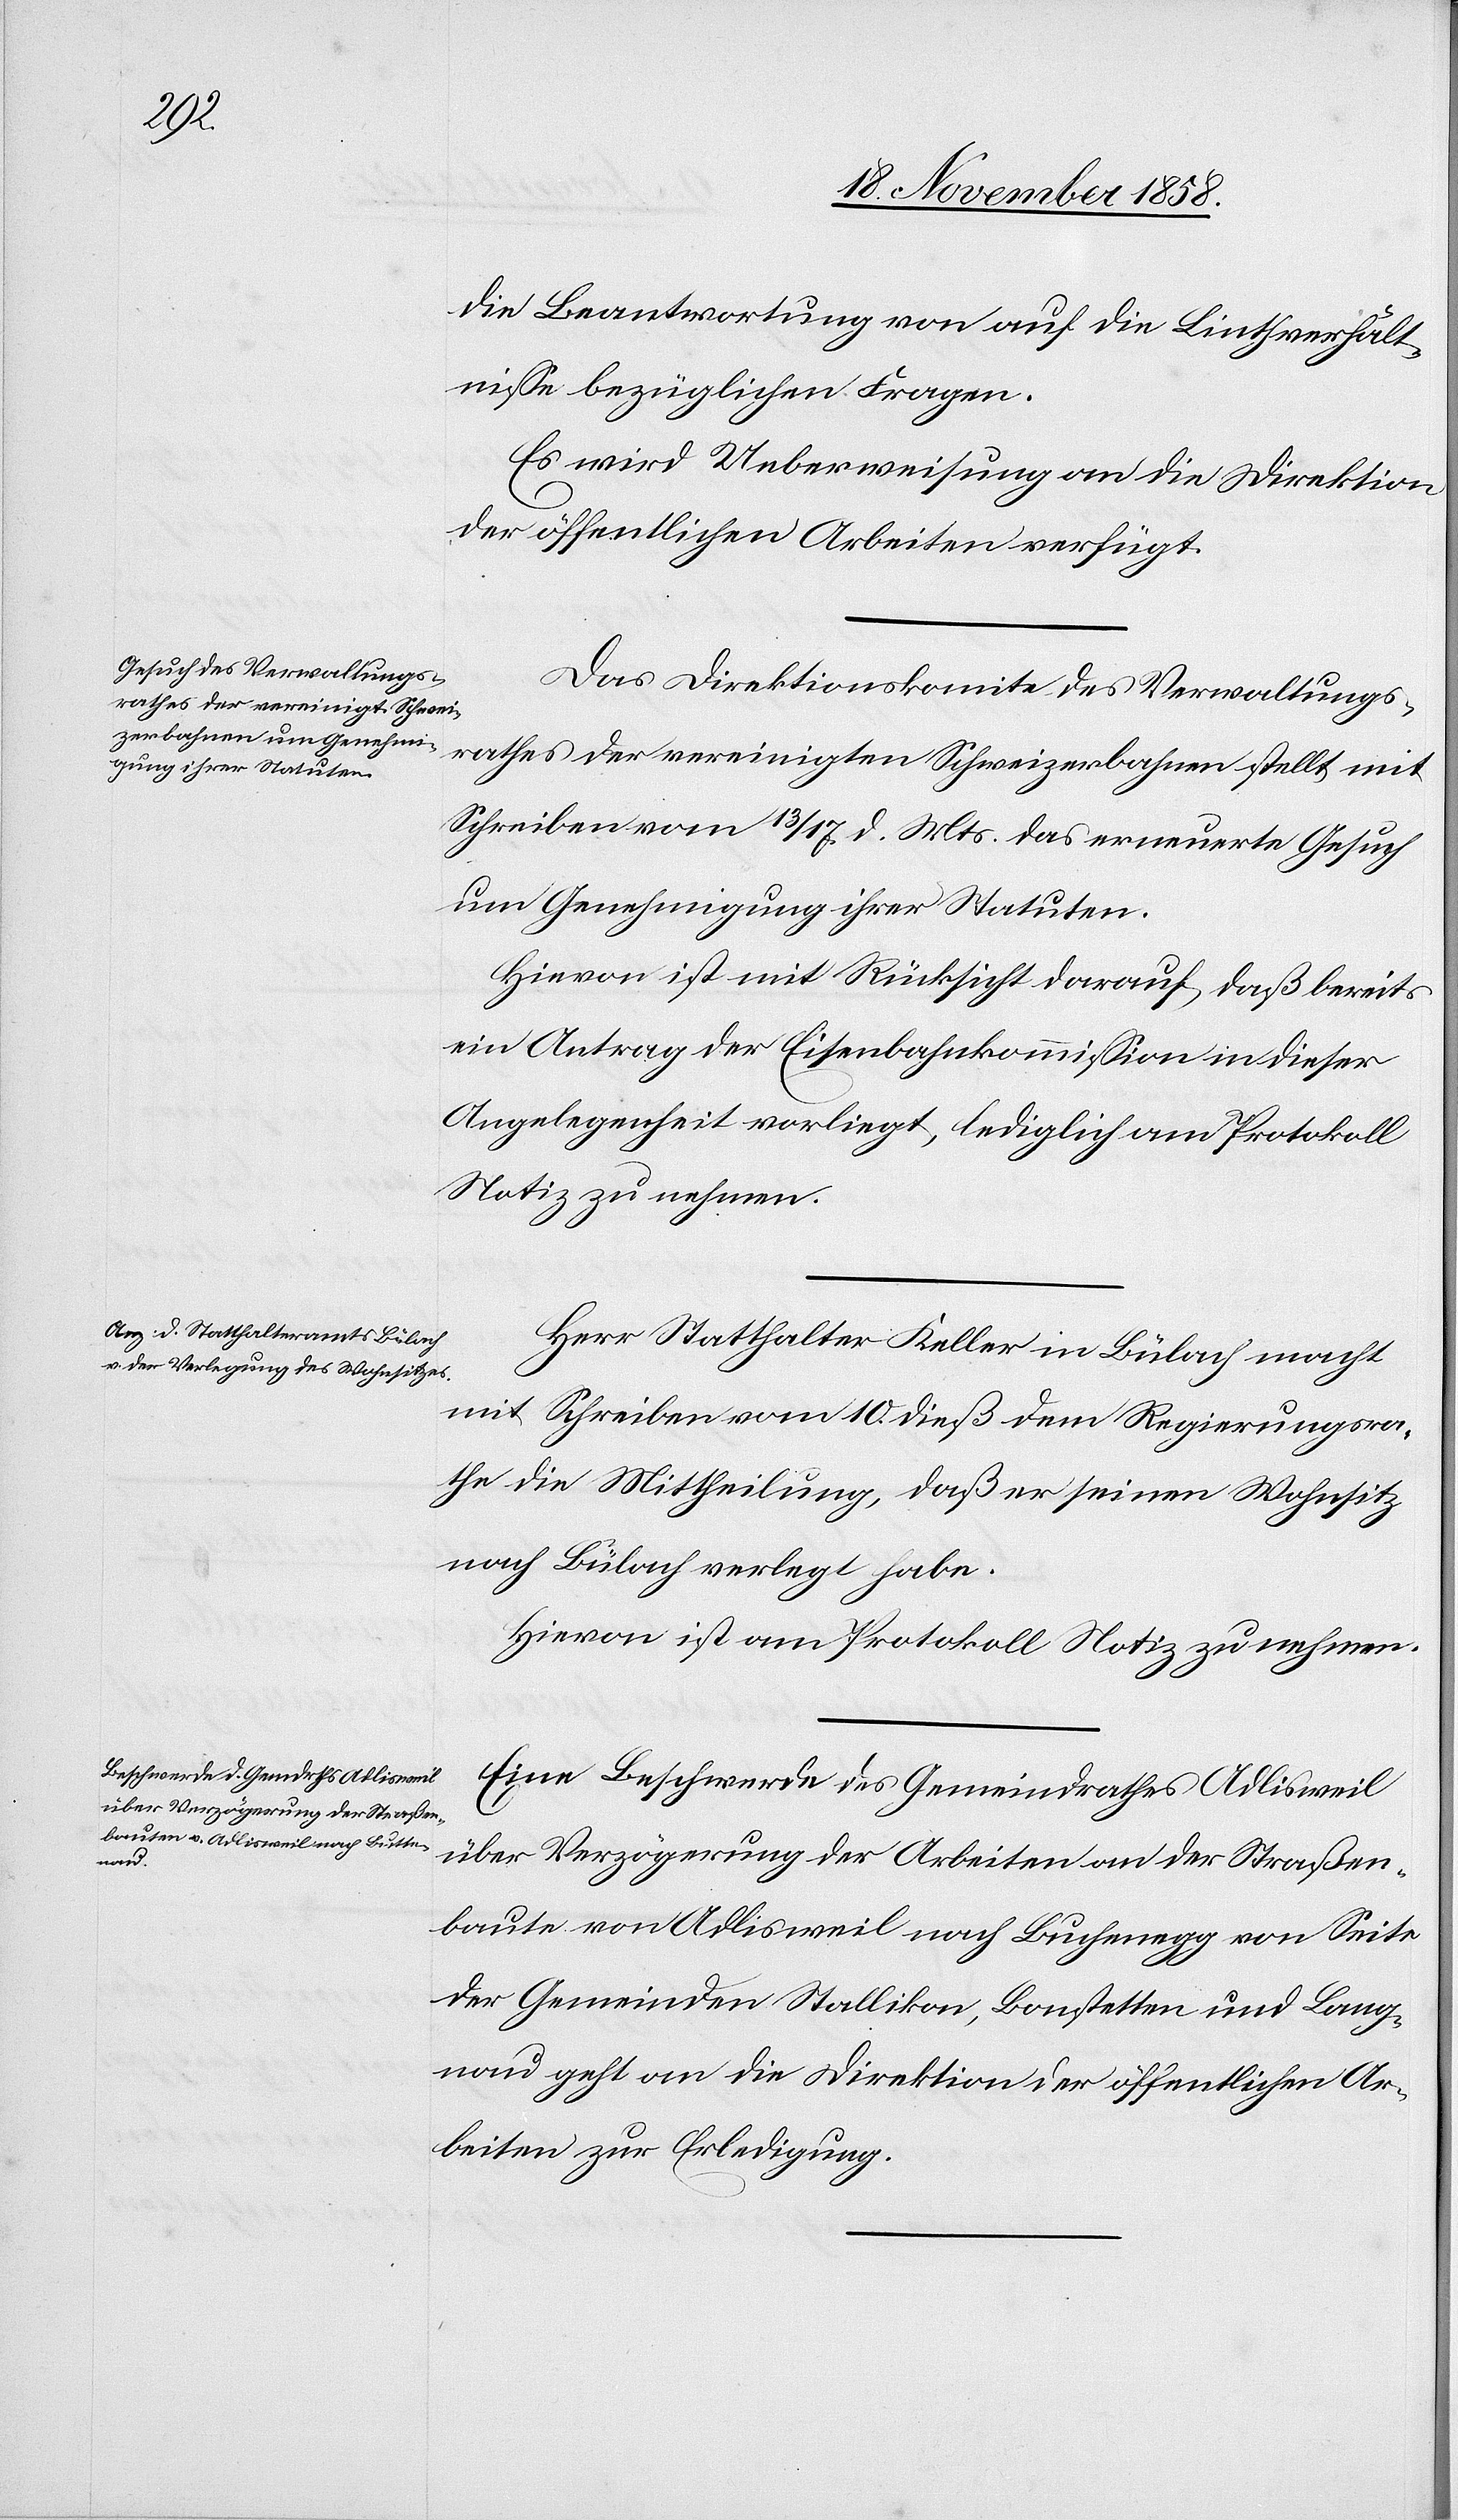
die Beantwortung von auf die Linthverhält¬
nisse bezüglichen Fragen.
Es wird Ueberweisung an die Direktion
der öffentlichen Arbeiten verfügt.
Das Direktionskomite des Verwaltungs¬
rathes der vereinigten Schweizerbahnen stellt mit
Schreiben vom 13 / 17. d. Mts. das erneuerte Gesuch
um Genehmigung ihrer Statuten.
Hievon ist mit Rücksicht darauf, daß bereits
ein Antrag der Eisenbahnkommission in dieser
Angelegenheit vorliegt, lediglich am Protokoll
Notiz zu nehmen.
Herr Statthalter Keller in Bülach macht
mit Schreiben vom 10. dieß dem Regierungsra¬
the die Mittheilung, daß er seinen Wohnsitz
nach Bülach verlegt habe.
Hievon ist am Protokoll Notiz zu nehmen.
Eine Beschwerde des Gemeindrathes Adlisweil
über Verzögerung der Arbeiten an der Straßen¬
baute von Adlisweil nach Buchenegg von Seite
der Gemeinden Stallikon, Bonstetten und Lang¬
nau geht an die Direktion der öffentlichen Ar¬
beiten zur Erledigung.